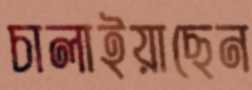
চালাইয়াছেন